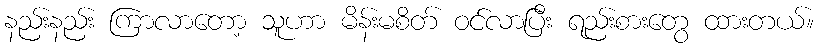
နည်းနည်း ကြာလာတော့ သူဟာ မိန်းမစိတ် ဝင်လာပြီး ရည်းစားတွေ ထားတယ်။